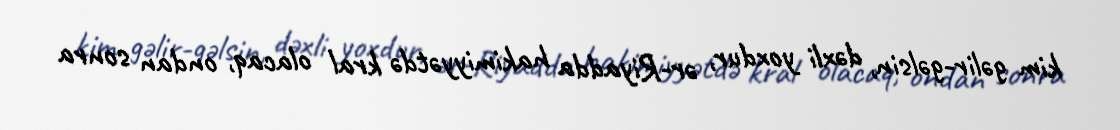
kim gəlir-gəlsin, dəxli yoxdur, ər-Riyadda hakimiyyətdə kral olacaq, ondan sonra